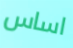
اساس